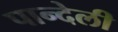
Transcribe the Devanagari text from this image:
पान्देली